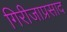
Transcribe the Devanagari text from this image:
गिरीजाप्रसाद